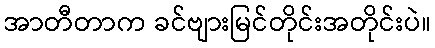
အာတီတာက ခင်ဗျားမြင်တိုင်းအတိုင်းပဲ။